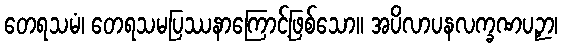
တေရသမံ၊ တေရသမပြဿနာကြောင့်ဖြစ်သော။ အပိလာပနလက္ခဏပဉှာ၊